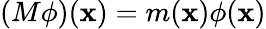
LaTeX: (M\phi)(\mathbf{x})=m(\mathbf{x})\phi(\mathbf{x})